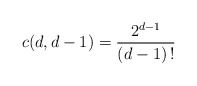
\begin{align*} c(d,d-1) = \frac{2^{d-1}}{(d-1)\,!}\end{align*}